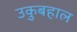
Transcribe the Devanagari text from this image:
उकुबहाल